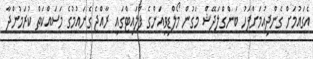
އެގައުމަށް ގެންދިއުމަށްފަހު ބަންގްލަދޭޝް މަގުން މޯލްޑިވިއަންގެ ފްލައިޓްގައި ރާއްޖެ ގެނައުމުގެ މަސައްކަތް ކުރަމުންދާ